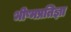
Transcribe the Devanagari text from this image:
भीष्मप्रतिज्ञा